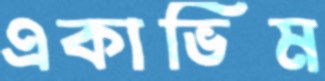
একাভিম